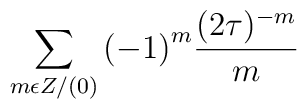
\sum_{m \epsilon Z/(0)} {( -1)}^m \frac{ (2\tau )^{-m}}{m}